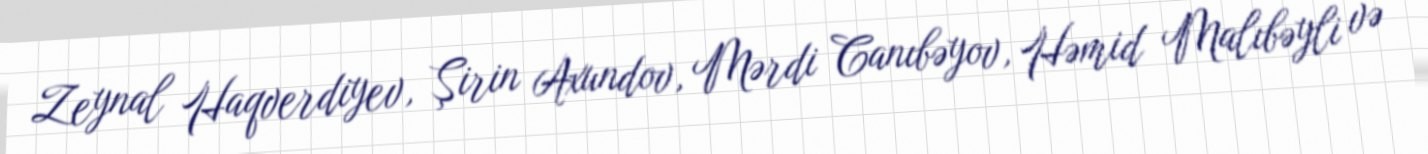
Zeynal Haqverdiyev, Şirin Axundov, Mərdi Canıbəyov, Həmid Malıbəyli və